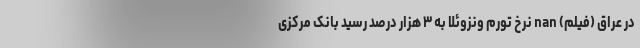
در عراق (فیلم) nan نرخ تورم ونزوئلا به ۳ هزار درصد رسید بانک مرکزی